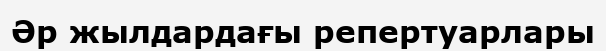
Әр жылдардағы репертуарлары